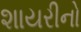
શાયરીનો